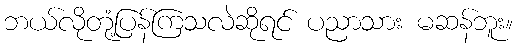
ဘယ်လိုတုံ့ပြန်ကြသလဲဆိုရင် ပညာသား မဆန်ဘူး။